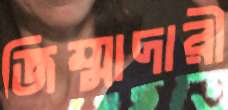
জিম্মাদারী